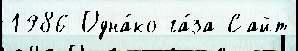
1986 Одна́ко га́за Сайт